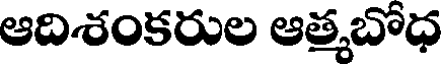
ఆదిశంకరుల ఆత్మబోధ